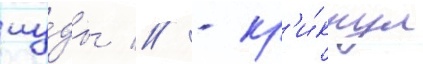
иу́ды // - кр'и́кнул